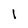
Character: 1